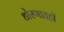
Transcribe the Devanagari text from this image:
धोरणातही